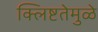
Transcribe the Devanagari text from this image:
क्लिष्टतेमुळे